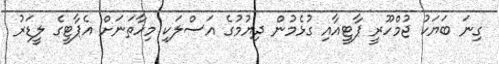
ގިނަ ބަޔަކު ޖުމްހޫރީ ޕާޓީއާއި ގުޅެމުން ދިޔުމުގެ އަސްލަކި މިހާތަނަށް އެޕާޓީގެ ލީޑަރު